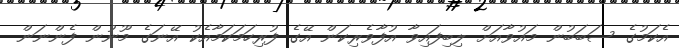
އެކަމުގެ ސަބަބުން މައުވާއަށް ލިބިފައިވާ އުފާވެރިކަން އޭގެ ފުރިހަމަކަމާއެކު އޭނަގެ މޫނުން ފެންނަން